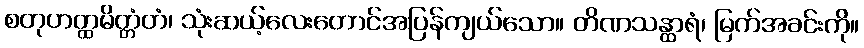
စတုဟတ္ထမိတ္တံတံ၊ သုံးဆယ့်လေးတောင်အပြန်ကျယ်သော။ တိဏသန္ထာရံ၊ မြက်အခင်းကို။